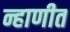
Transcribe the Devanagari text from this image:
न्हाणीत